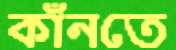
কাঁনতে